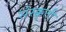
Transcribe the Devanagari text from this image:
संस्क्कृती